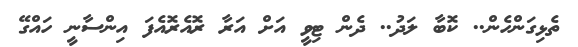
ތެޅިގަންހެން.. ކޮބާ ލަދު.. ދެން ޓިވީ އަށް އަރާ ރޮއެރޮއެފަ އިންސާނީ ހައްގޭ